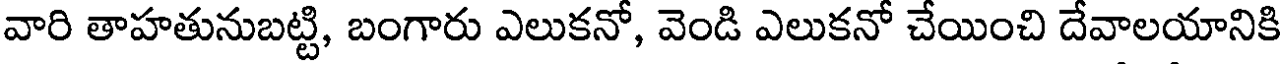
వారి తాహతునుబట్టి, బంగారు ఎలుకనో, వెండి ఎలుకనో చేయించి దేవాలయానికి